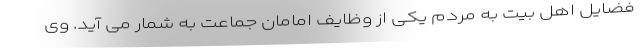
فضایل اهل بیت به مردم یکی از وظایف امامان جماعت به شمار می آید. وی